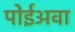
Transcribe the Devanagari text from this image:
पोईअवा